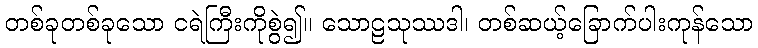
တစ်ခုတစ်ခုသော ငရဲကြီးကိုစွဲ၍။ သောဠသုဿဒါ၊ တစ်ဆယ့်ခြောက်ပါးကုန်သော